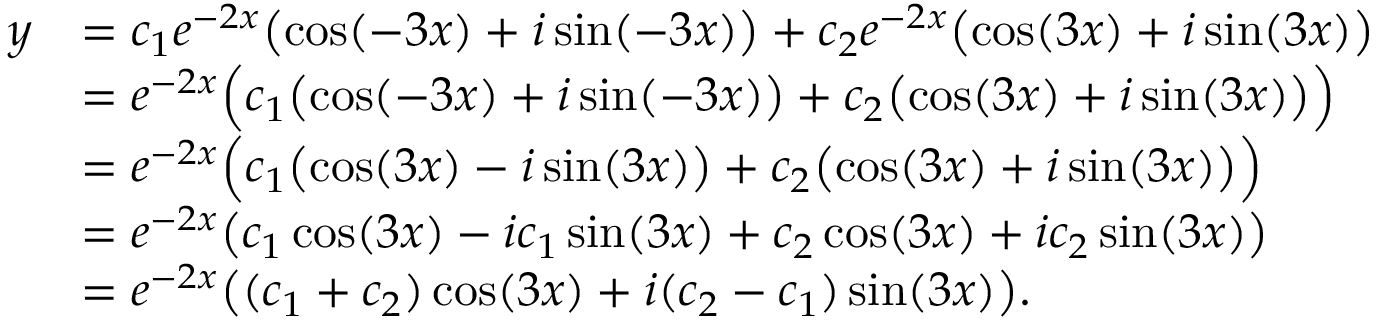
\begin{array} { r l } { y } & { = c _ { 1 } e ^ { - 2 x } \bigl ( \cos ( - 3 x ) + i \sin ( - 3 x ) \bigr ) + c _ { 2 } e ^ { - 2 x } \bigl ( \cos ( 3 x ) + i \sin ( 3 x ) \bigr ) } \\ & { = e ^ { - 2 x } \Bigl ( c _ { 1 } \bigl ( \cos ( - 3 x ) + i \sin ( - 3 x ) \bigr ) + c _ { 2 } \bigl ( \cos ( 3 x ) + i \sin ( 3 x ) \bigr ) \Bigr ) } \\ & { = e ^ { - 2 x } \Bigl ( c _ { 1 } \bigl ( \cos ( 3 x ) - i \sin ( 3 x ) \bigr ) + c _ { 2 } \bigl ( \cos ( 3 x ) + i \sin ( 3 x ) \bigr ) \Bigr ) } \\ & { = e ^ { - 2 x } \bigl ( c _ { 1 } \cos ( 3 x ) - i c _ { 1 } \sin ( 3 x ) + c _ { 2 } \cos ( 3 x ) + i c _ { 2 } \sin ( 3 x ) \bigr ) } \\ & { = e ^ { - 2 x } \bigl ( ( c _ { 1 } + c _ { 2 } ) \cos ( 3 x ) + i ( c _ { 2 } - c _ { 1 } ) \sin ( 3 x ) \bigr ) . } \end{array}